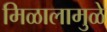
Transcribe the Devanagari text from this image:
मिळालामुळे